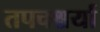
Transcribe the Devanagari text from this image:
तपचश्चर्या